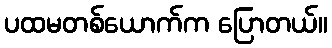
ပထမတစ်ယောက်က ပြောတယ်။